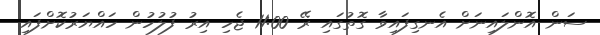
ސަން އޮންލައިނަށް އެނގިފައިވާ ގޮތުގައި ރޭ 11:00 ޖެހި އިރު ފުލުހުން ހައްޔަރުކޮށްފައި